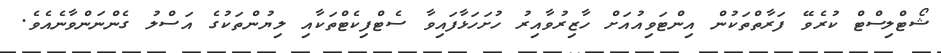
ޝޯޓްލިސްޓް ކުރެވޭ ފަރާތްތަކުން އިންޓަވިއުއަށް ހާޒިރުވާއިރު ހުށަހަޅާފައިވާ ސެޓްފިކެޓްތަކާއި ލިޔުންތަކުގެ އަސްލު ގެންނަންވާނެއެވެ.